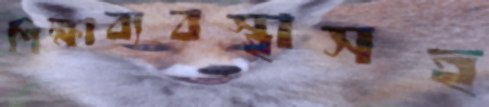
শিক্ষাব্যবস্থাসহ